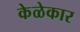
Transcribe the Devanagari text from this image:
केळेकार